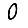
Digit: 0